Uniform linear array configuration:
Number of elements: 48
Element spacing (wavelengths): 1
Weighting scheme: binomial
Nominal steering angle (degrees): -30
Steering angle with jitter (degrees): -31.475
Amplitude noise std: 0.05
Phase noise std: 0.05

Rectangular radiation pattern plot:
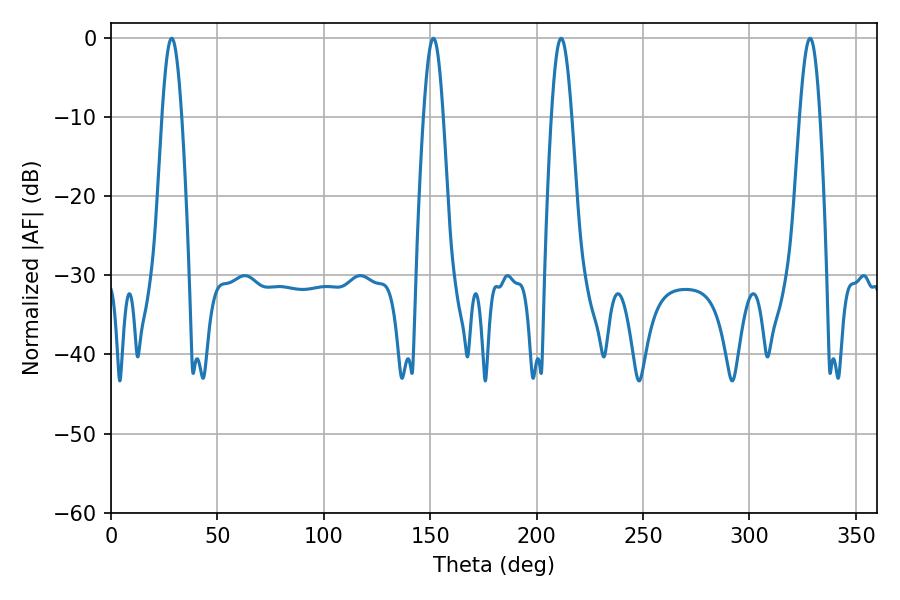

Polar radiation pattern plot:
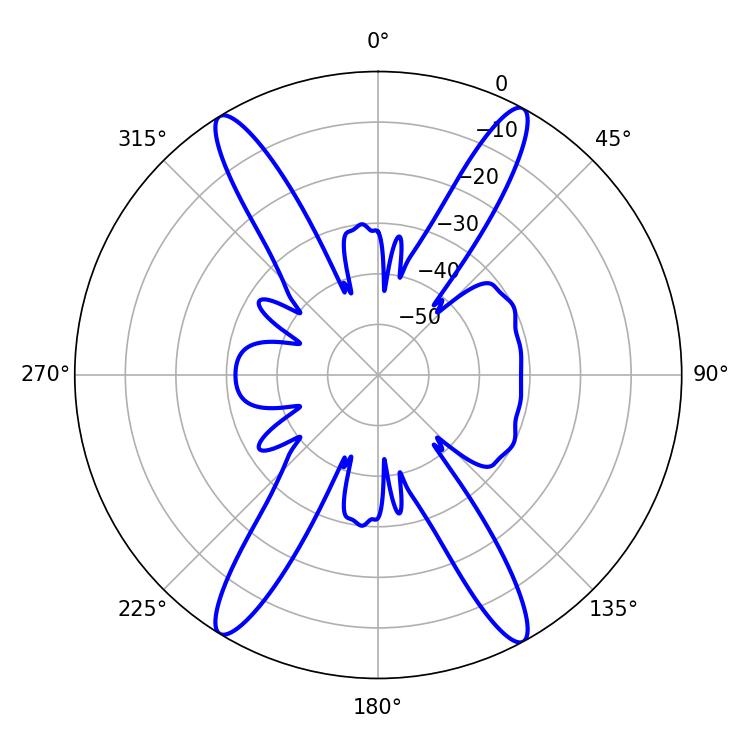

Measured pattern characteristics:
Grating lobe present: TRUE
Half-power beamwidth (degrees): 5.04
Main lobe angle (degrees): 211.5